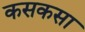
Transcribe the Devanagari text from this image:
कसकसा